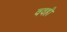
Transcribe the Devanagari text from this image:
ववही